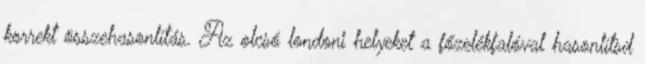
korrekt összehasonlítás. Az olcsó londoni helyeket a főzelékfalóval hasonlítsd